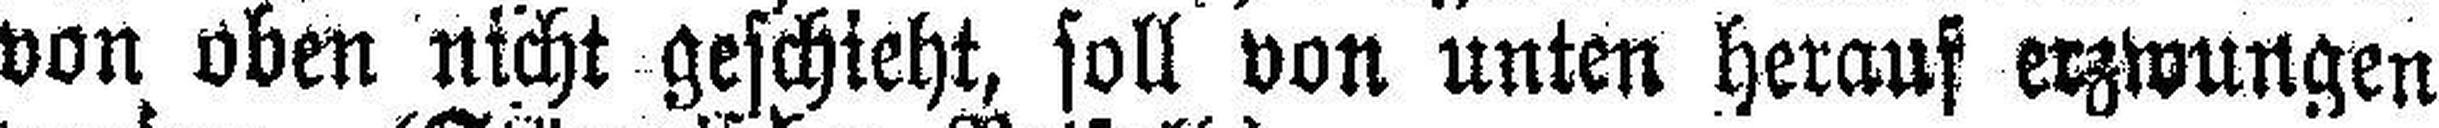
von oben nicht geschieht, soll von unten herauf erzwungen